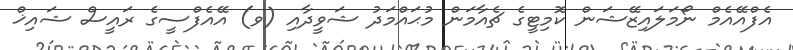
އެފްއޭއެމް ނޯމަލައިޒޭޝަން ކޮމިޓީގެ ޗެއާމަން މުޙައްމަދު ޝަވީދާއި (ވ) އޭއެފްސީގެ ރައީސް ޝައިޚް